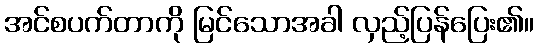
အင်စပက်တာကို မြင်သောအခါ လှည့်ပြန်ပြေး၏။